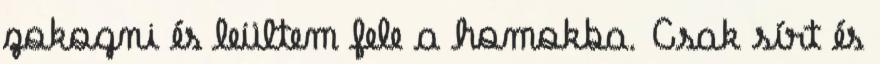
zokogni és leültem fele a homokba. Csak sírt és